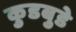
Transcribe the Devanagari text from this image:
कुडबुडे